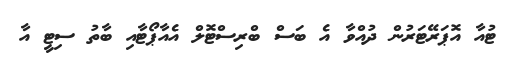
ޓުއާ އޮޕަރޭޓަރުން ދުއްވާ އެ ބަސް ބްރިސްޓޮލް އެއާޕޯޓާއި ބާތު ސިޓީ އާ